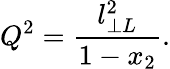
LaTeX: Q^{2}=\frac{l_{\perp L}^{2}}{1-x_{2}}.